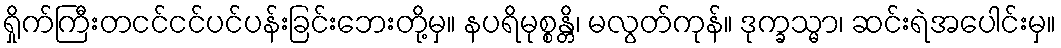
ရှိုက်ကြီးတငင်ငင်ပင်ပန်းခြင်းဘေးတို့မှ။ နပရိမုစ္စန္တိ၊ မလွတ်ကုန်။ ဒုက္ခသ္မာ၊ ဆင်းရဲအပေါင်းမှ။